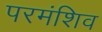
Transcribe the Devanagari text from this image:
परमंशिव